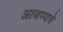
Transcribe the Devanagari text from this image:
आणण्यचे